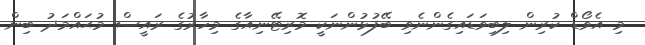
މި އެވޯޑް ކުރިން ލިބިވަޑައިގެންނެވި ބޭފުޅުންނަކީ މޮރިޓޭނިއާގެ މިހާރުގެ ރައީސް މުޙައްމަދު ބިން